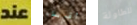
عند أقرباء للطاولة